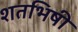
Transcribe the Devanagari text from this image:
शतभिषी